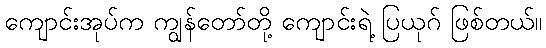
ကျောင်းအုပ်က ကျွန်တော်တို့ ကျောင်းရဲ့ ပြယုဂ် ဖြစ်တယ်။